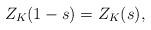
LaTeX: \begin{align*}Z_K(1-s)=Z_K(s), \end{align*}